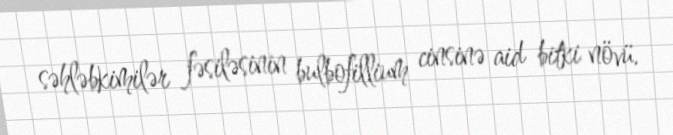
səhləbkimilər fəsiləsinin bulbofillium cinsinə aid bitki növü.